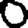
Digit: 0